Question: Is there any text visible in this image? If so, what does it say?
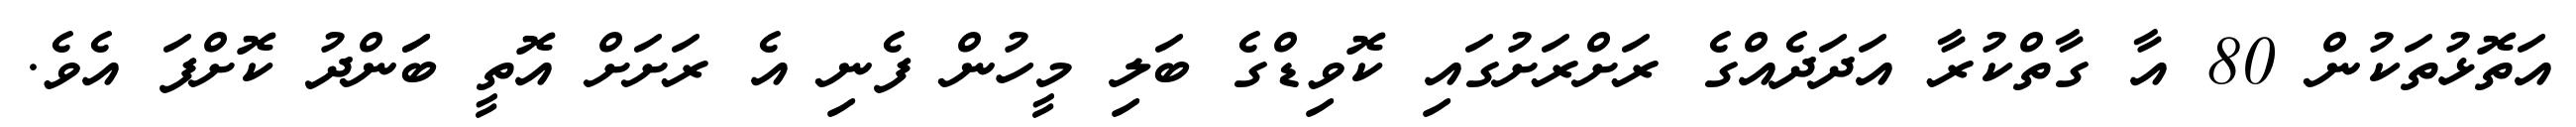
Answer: އަތޮޅުތަކުން 80 އާ ގާތްކުރާ އަދަދެއްގެ ރަށްރަށުގައި ކޮވިޑްގެ ބަލި މީހުން ފެނި އެ ރަށަށް އޮތީ ބަަންދު ކޮށްފަ އެވެ.